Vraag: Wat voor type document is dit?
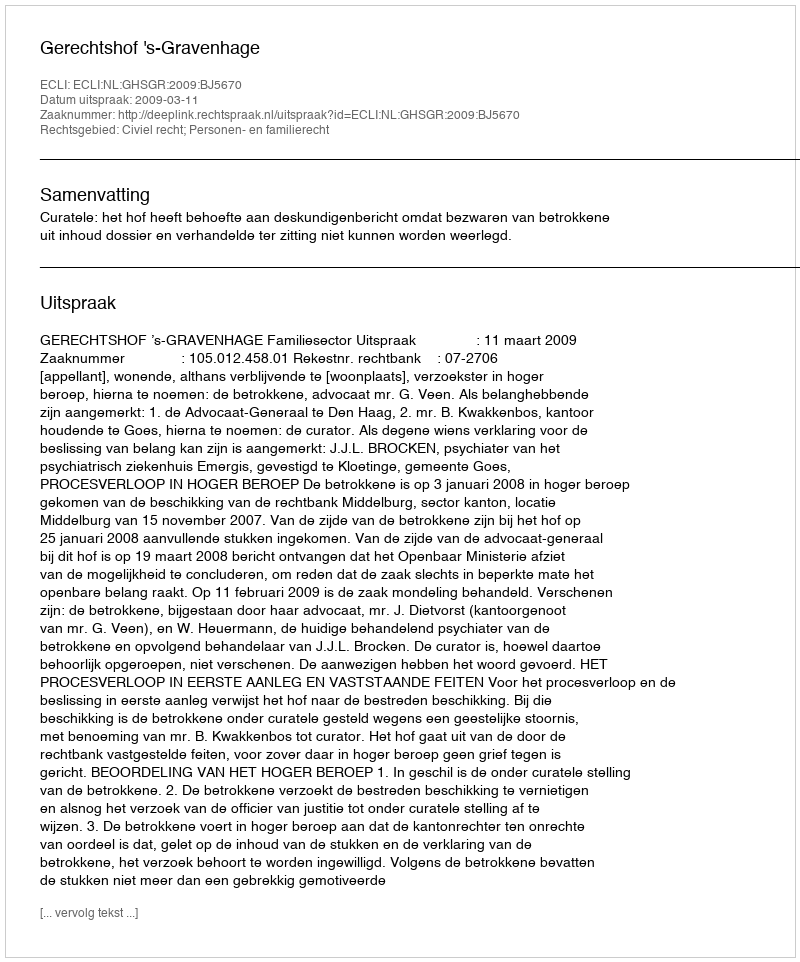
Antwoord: Uitspraak